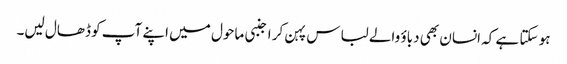
ہو سکتا ہے کہ انسان بھی دباؤ والے لباس پہن کر اجنبی ماحول میں اپنے آپ کو ڈھال لیں۔